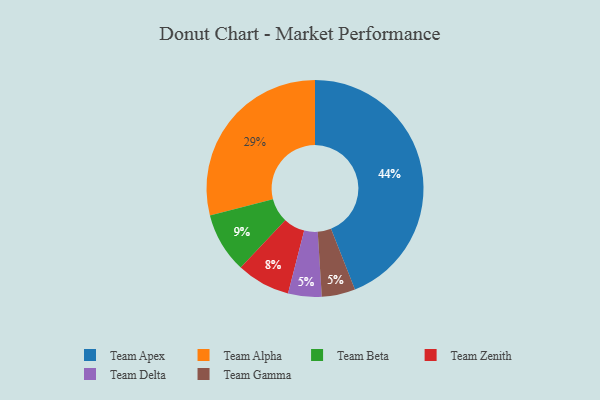
{"axis": {"x": "Category", "y": "Percentage"}, "legend": ["Team Alpha", "Team Apex", "Team Beta", "Team Delta", "Team Gamma", "Team Zenith"], "data": [{"x": "Team Zenith", "y": 8, "type": "Team Zenith"}, {"x": "Team Beta", "y": 9, "type": "Team Beta"}, {"x": "Team Delta", "y": 5, "type": "Team Delta"}, {"x": "Team Gamma", "y": 5, "type": "Team Gamma"}, {"x": "Team Apex", "y": 44, "type": "Team Apex"}, {"x": "Team Alpha", "y": 29, "type": "Team Alpha"}]}